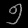
Digit: ၅